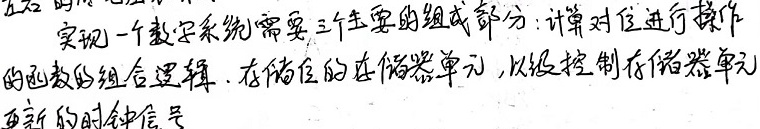
实现一个数字系统需要三个主要的组成部分：计算对位进行操作的函数的组合逻辑、存储位的存储器单元，以及控制存储器单元更新的时钟信号。